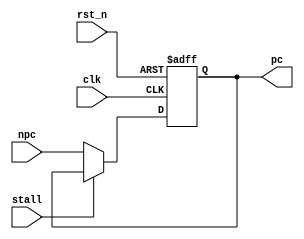

module PC(
    input clk,
    input rst_n,
    input [31:0] npc,
    input stall,
    output reg [31:0] pc
    );

//    reg rst_n_p;
//    always @(posedge clk) begin
//        rst_n_p <= rst_n;
//    end

    always @ (posedge clk or negedge rst_n) begin
        if(!rst_n)          pc <= 32'b0;
        else if(stall)      pc <= pc;
//        else if(!rst_n_p)   pc <= 32'b0;
        else                pc <= npc;
    end

endmodule